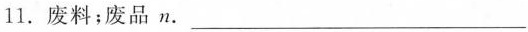
11. 废料；废品 n. ___